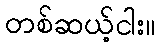
တစ်ဆယ့်ငါး။